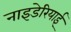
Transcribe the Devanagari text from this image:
नाइडेरियाई